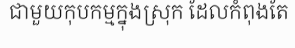
ជាមួយកុបកម្មក្នុងស្រុក ដែលកំពុងតែ